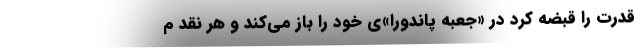
قدرت را قبضه کرد درِ «جعبه پاندورا»ی خود را باز می‌کند و هر نقد م